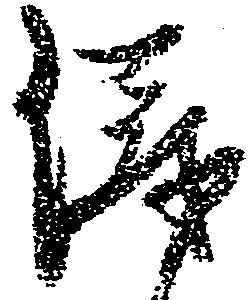
儀